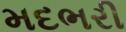
મદભરી